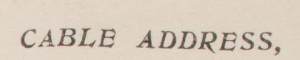
CABLE ADDRESS